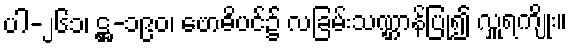
ပါ-၂၆၁၊ ဋ္ဌ-၁၉၀၊ ဗောဓိပင်၌ လခြမ်းသဏ္ဌာန်ပြု၍ လှူရကျိုး။